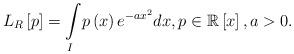
LaTeX: \begin{align*}L_{R}\left[ p\right] ={\displaystyle\int\limits_{I}}p\left( x\right) e^{-ax^{2}}dx,p\in\mathbb{R}\left[ x\right] ,a>0. \end{align*}